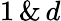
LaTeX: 1\, \& \, d